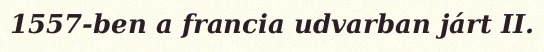
1557-ben a francia udvarban járt II.